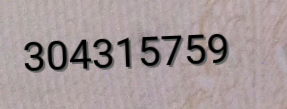
304315759